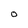
Character: 0